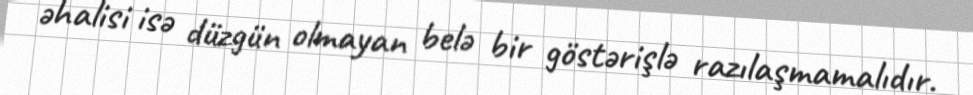
əhalisi isə düzgün olmayan belə bir göstərişlə razılaşmamalıdır.